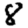
Digit: 8